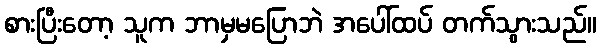
စားပြီးတော့ သူက ဘာမှမပြောဘဲ အပေါ်ထပ် တက်သွားသည်။